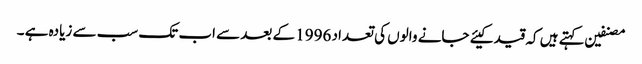
مصنفین کہتے ہیں کہ قید کیئے جانے والوں کی تعداد 1996 کے بعد سے اب تک سب سے زیادہ ہے ۔